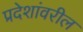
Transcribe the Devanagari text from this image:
प्रदेशांवरील